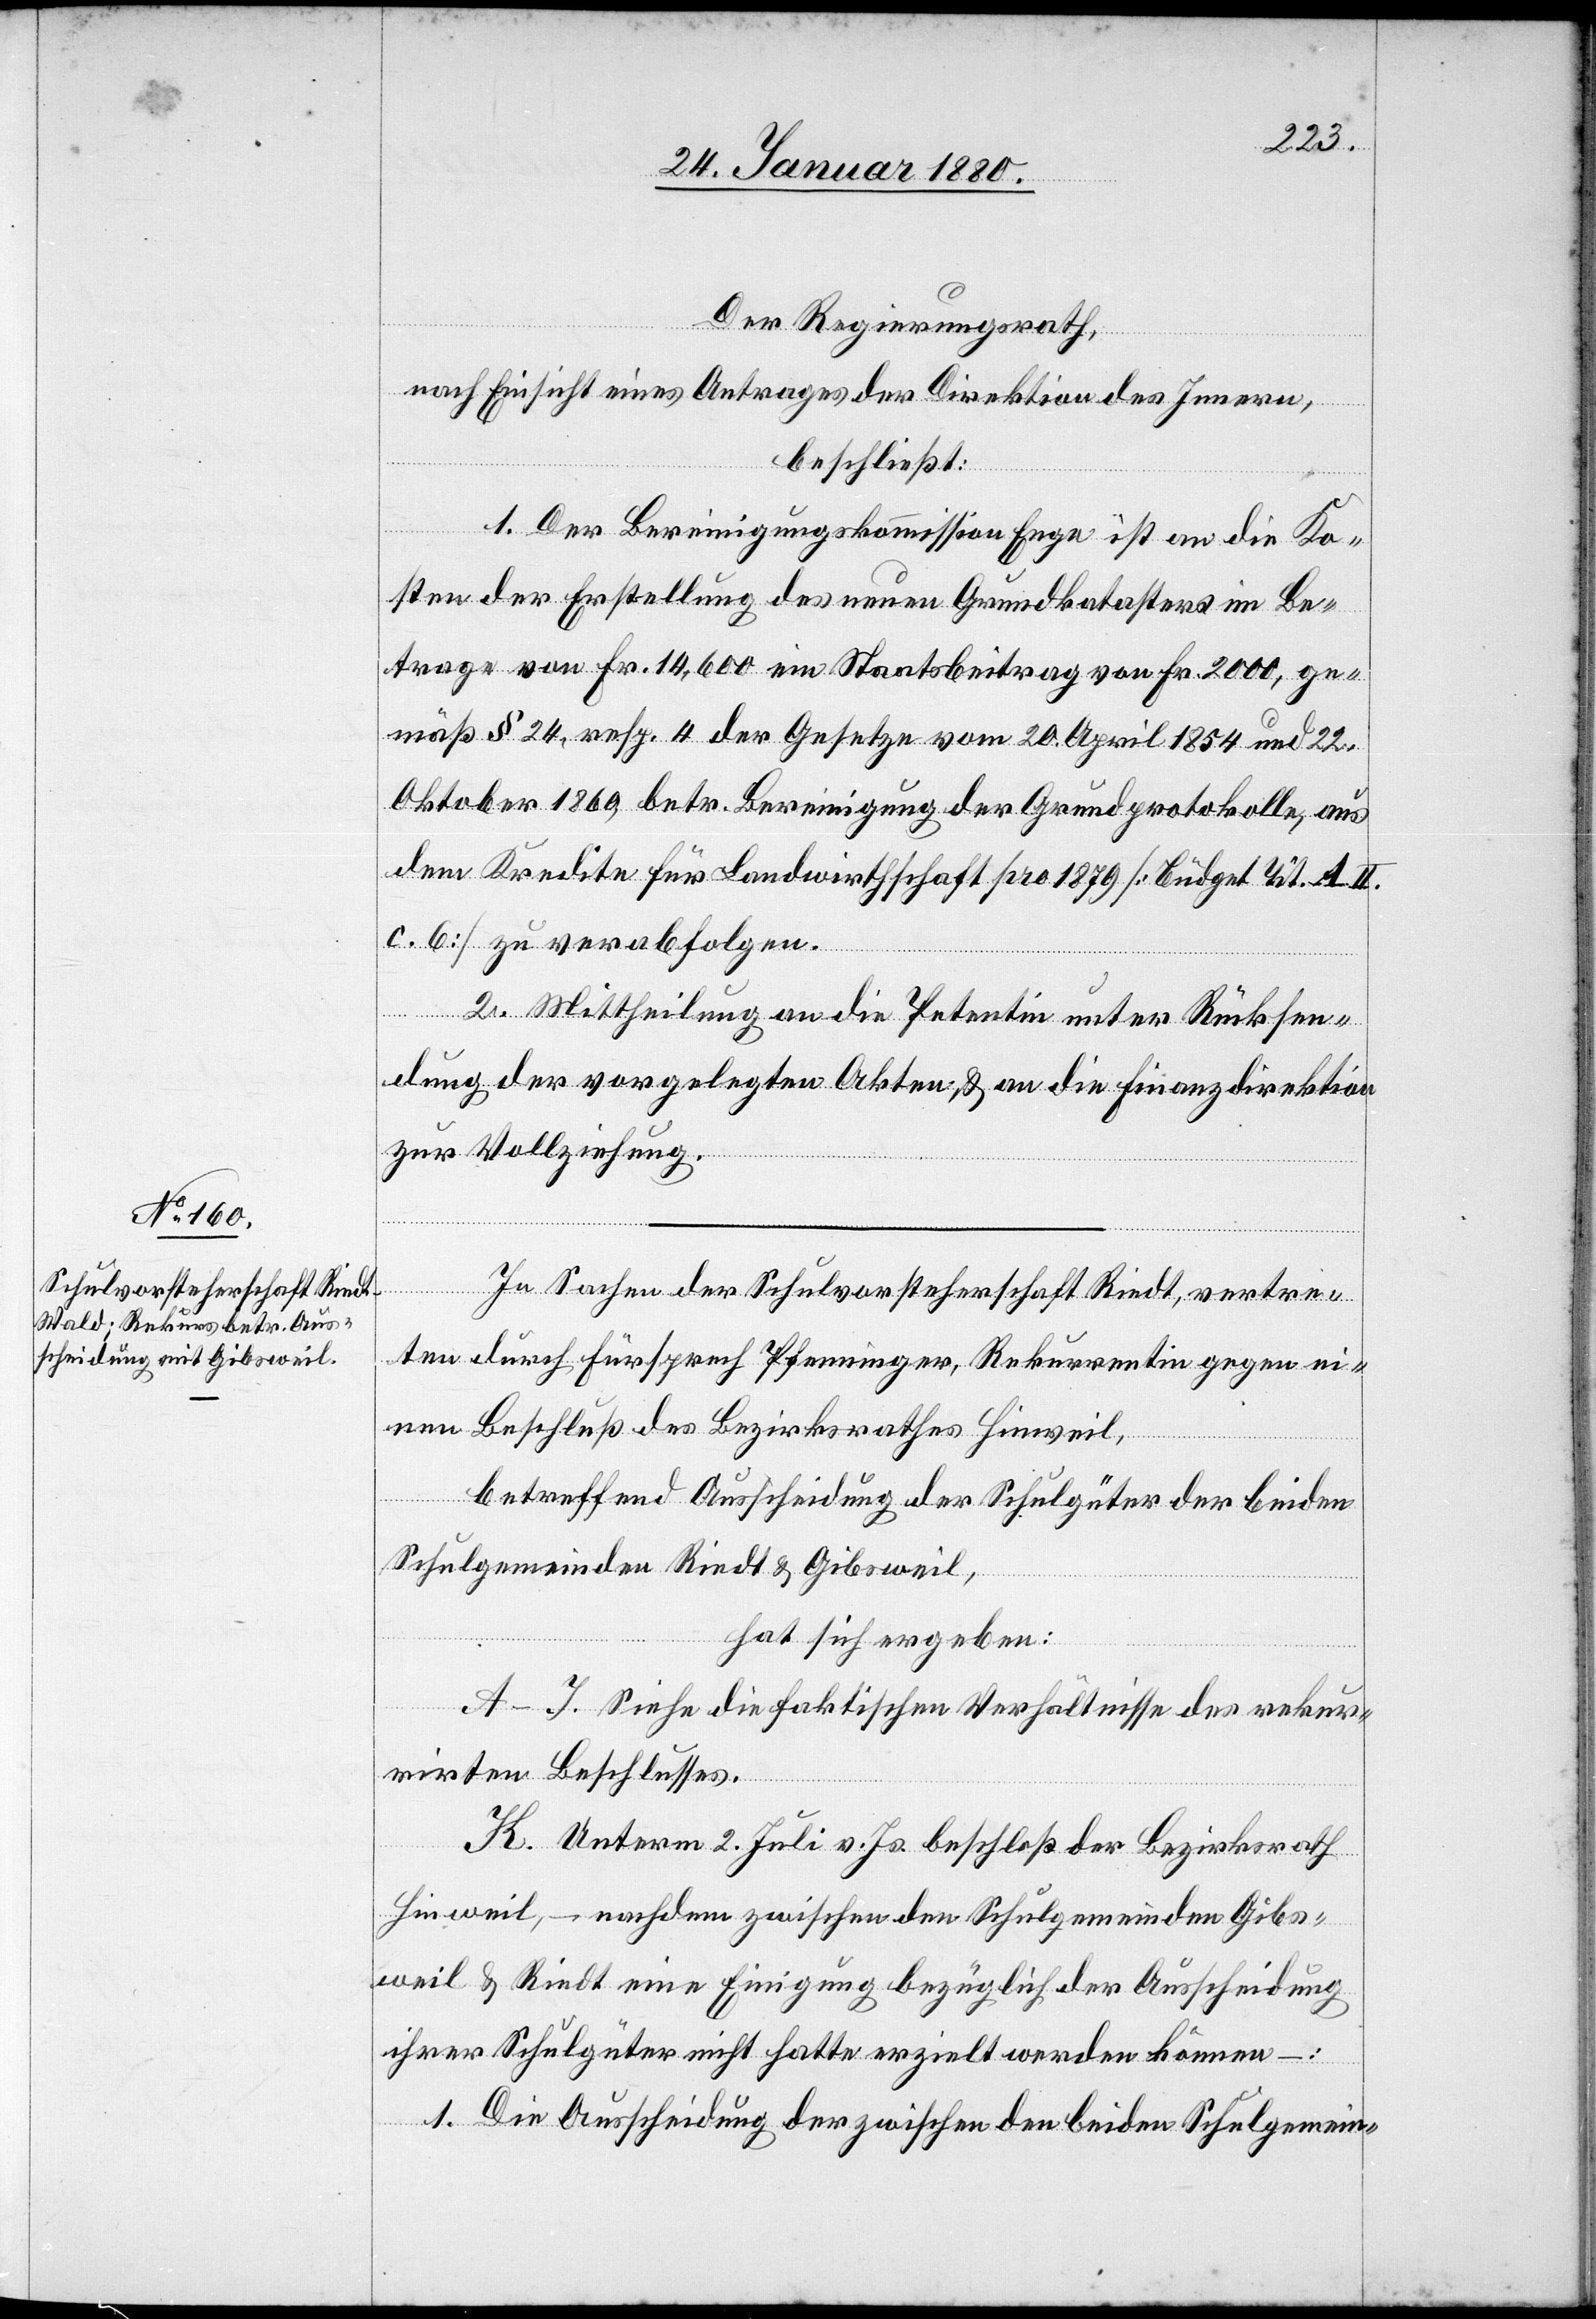
Der Regierungsrath,
nach Einsicht eines Antrages der Direktion des Innern,
beschließt:
1. Der Bereinigungskommission Enge ist an die Ko¬
sten der Erstellung des neuen Grundkatasters im Be¬
trag von Fr. 14, 600 ein Staatsbeitrag von Fr. 2000, ge¬
mäß § 24, resp. 4 der Gesetze vom 20. April 1865 und 22.
Oktober 1869 betr. Bereinigung der Grundprotokolle, aus
dem Kredite für Landwirthschaft pro 1879 [Büdget Tit. A II.
c. 6] zu verabfolgen.
2. Mittheilung an die Petentin unter Rücksen¬
dung der vorgelegten Akten & an die Finanzdirektion
zur Vollziehung.
In Sachen der Schulvorsteherschaft Riedt, vertre¬
ten durch Fürsprech Pfenninger, Rekurrentin gegen ei¬
nen Beschluß des Bezirksrathes Hinweil,
betreffend Ausscheidung der Schulgüter der beiden
Schulgemeinden Riedt & Gibsweil,
hat sich ergeben:
A–J. Siehe die faktischen Verhältnisse des rekur¬
rirten Beschlusses.
K. Unterm 2. Juli v. Js. beschloß der Bezirksrath
Hinweil, – nachdem zwischen den Schulgemeinden Gibs¬
weil & Riedt eine Einigung bezüglich der Ausscheidung
ihrer Schulgüter nicht hatte erzielt werden können –:
1. Die Ausscheidung der zwischen den beiden Schulgemein-